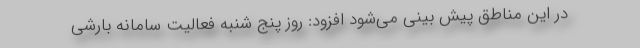
در این مناطق پیش بینی می‌شود افزود: روز پنج شنبه فعالیت سامانه بارشی